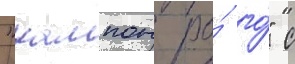
"кампон ро́ го́" с